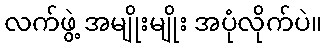
လက်ဖွဲ့ အမျိုးမျိုး အပုံလိုက်ပဲ။